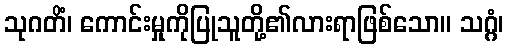
သုဂတိံ၊ ကောင်းမှုကိုပြုသူတို့၏လားရာဖြစ်သော။ သဂ္ဂံ၊